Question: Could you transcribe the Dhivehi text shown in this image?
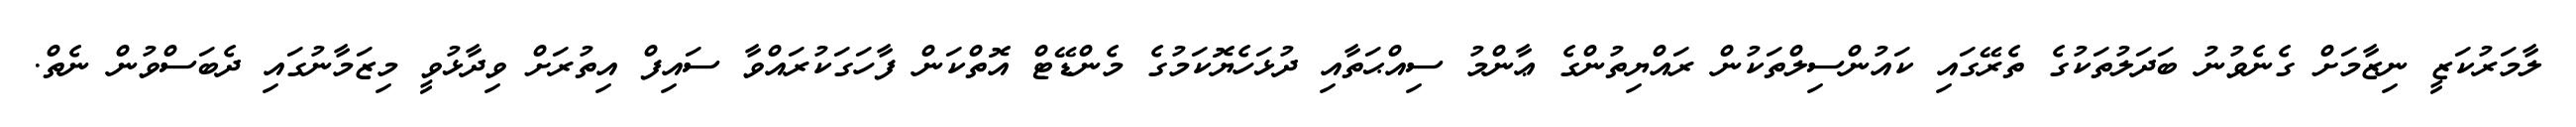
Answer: ލާމަރުކަޒީ ނިޒާމަށް ގެނެވުނު ބަދަލުތަކުގެ ތެރޭގައި ކައުންސިލްތަކުން ރައްޔިތުންގެ ޢާންމު ސިއްޙަތާއި ދުޅަހެޔޮކަމުގެ މެންޑޭޓް އޮތްކަން ފާހަގަކުރައްވާ ސައިފް އިތުރަށް ވިދާޅުވީ މިޒަމާނުގައި ދެބަސްވުން ނެތް.